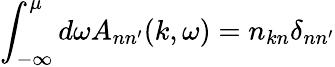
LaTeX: \int_{-\infty}^{\mu}d\omega A_{nn^{\prime}}(k,\omega)=n_{kn}\delta_{nn^{\prime}}